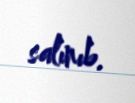
salınıb.